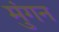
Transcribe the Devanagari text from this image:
मुंगन